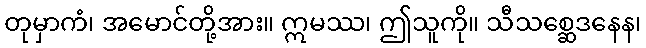
တုမှာကံ၊ အမောင်တို့အား။ ဣမဿ၊ ဤသူကို။ သီသစ္ဆေဒနေန၊